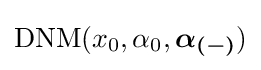
\mathrm {DNM} (x_{0},\alpha _{0},{\boldsymbol {\alpha _{(-)}}})